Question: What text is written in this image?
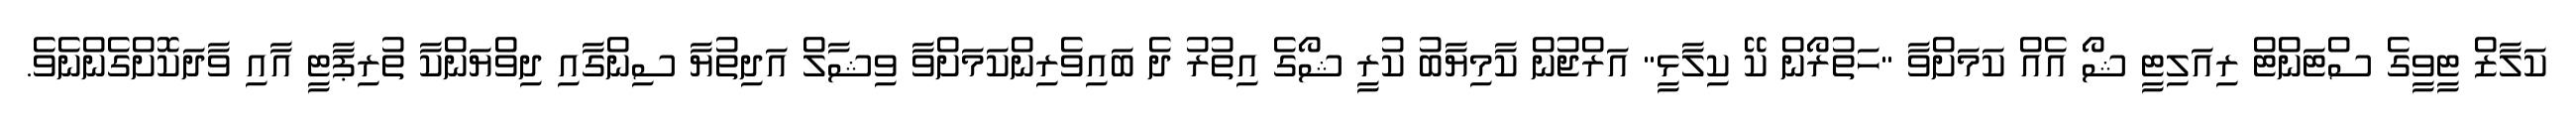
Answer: ކަލާޒް ޓީވީގެ ސްޓަންޓް ރިއަލިޓީ ޝޯ އެއް ކަމަށްވާ "ހަތުރޯން ކޭ ކިލާޅީ" އަރްޖުން ކާމިޔާބު ކުރީ ޝޯގެ އިތުރު ދެ ބައިވެރިންކަމަށްވާ ވިޝާލް އަދިތުޔާ ސިންގާއި ދިވްޔަންކާ ތުރިޕާޓީ އާއި ވާދަކޮށްގެންނެވެ.